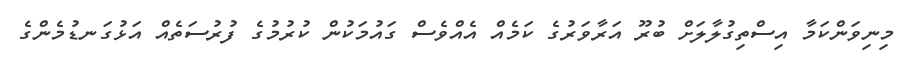
މިނިވަންކަމާ އިސްތިގުލާލަށް ބުރޫ އަރާވަރުގެ ކަމެއް އެއްވެސް ގައުމަކުން ކުރުމުގެ ފުރުސަތެއް އަޅުގަނޑުމެންގެ